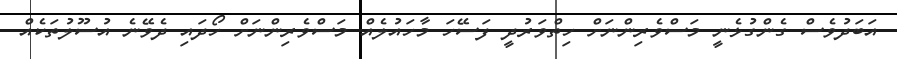
އަބަދުވެސް ގެންގުޅެނީ މަސްވެރިންނަށް ހިތްވަރުދީ ފަސޭހަ މާހައުލެއް މަސްވެރިންނަށް ހޯދައި ދެވޭނެ އުސޫލުތަކެއް